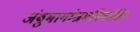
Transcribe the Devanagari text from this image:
जंबुमार्गाश्रमनिवासिन